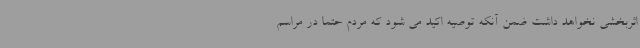
اثربخشی نخواهد داشت ضمن آنکه توصیه اکید می شود که مردم حتما در مراسم